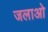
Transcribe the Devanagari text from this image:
जलाओ